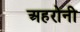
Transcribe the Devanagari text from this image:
अहरोनी